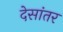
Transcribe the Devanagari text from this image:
देसांतर